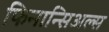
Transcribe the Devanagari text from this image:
फिनान्सिअल्स